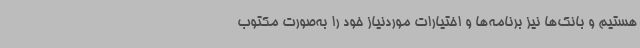
هستیم و بانک‌ها نیز برنامه‌ها و اختیارات موردنیاز خود را به‌صورت مکتوب